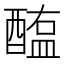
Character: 醢